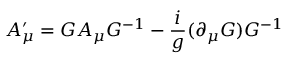
\ A _ { \mu } ^ { \prime } = G A _ { \mu } G ^ { - 1 } - { \frac { i } { g } } ( \partial _ { \mu } G ) G ^ { - 1 }